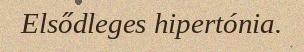
Elsődleges hipertónia.